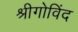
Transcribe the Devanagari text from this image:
श्रीगोविंद